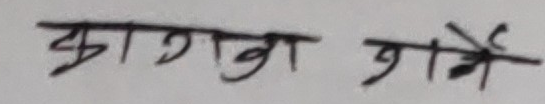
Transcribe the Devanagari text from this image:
झागका गार्ने